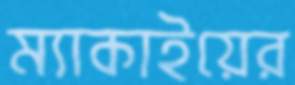
ম্যাকাইয়ের